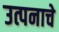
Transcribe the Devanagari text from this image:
उत्पनाचे